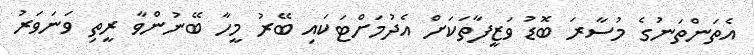
އެތަންތަނުގެ މުސާރަ ބޮޑު ވަޒީފާތަކަށް އެދުމަށްޓަކައި ބޭރު މީހާ ބޭނުންވާ ރީތި ވަނަވަރު